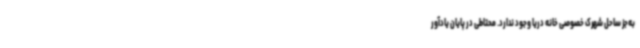
به‌جز ساحل شهرک خصوصی خانه دریا وجود ندارد. محتاطی در پایان یادآور